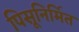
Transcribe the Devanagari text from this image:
पिसूनिर्मित